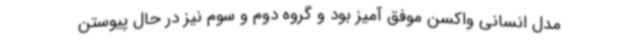
مدل انسانی واکسن موفق آمیز بود و گروه دوم و سوم نیز در حال پیوستن